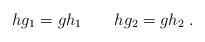
LaTeX: \begin{align*} h g_1 &= g h_1 \qquad h g_2 = g h_2 \;. \end{align*}